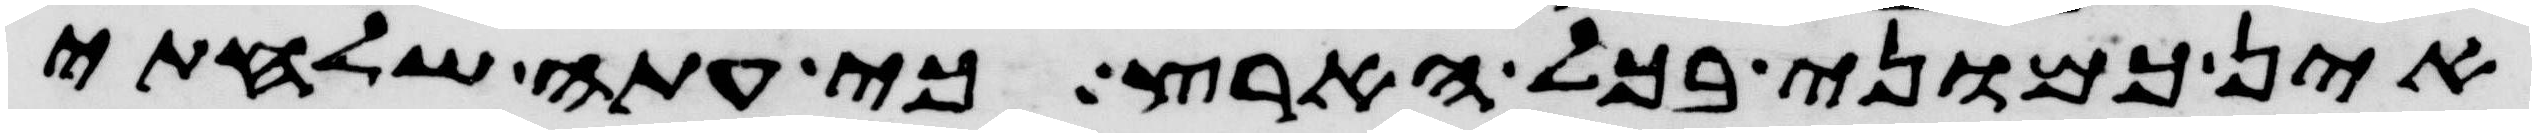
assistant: אין כמוני בכל הארץ כי עתה שלחתי